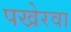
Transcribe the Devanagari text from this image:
पखेरवा